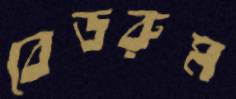
বেডরুম